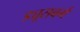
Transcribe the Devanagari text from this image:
ड्यूसबर्ग